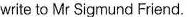
write to Mr Sigmund Friend.